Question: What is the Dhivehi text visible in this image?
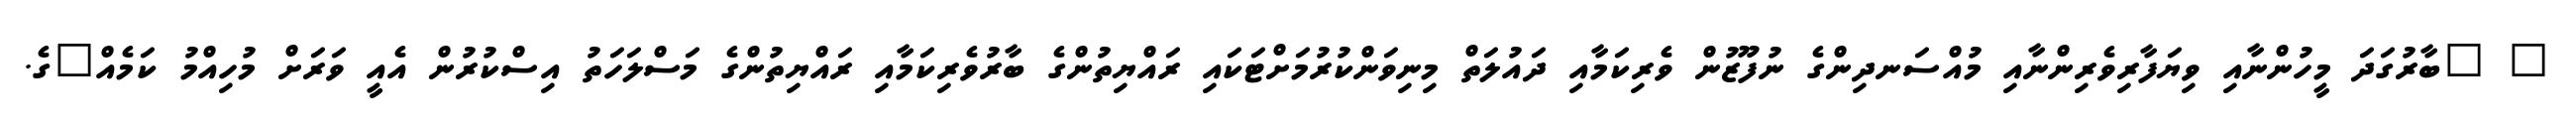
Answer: " "ބާރުގަދަ މީހުންނާއި ވިޔަފާރިވެރިންނާއި މުއްސަނދިންގެ ނުފޫޒުން ވެރިކަމާއި ދައުލަތް މިނިވަންކުރުމަށްޓަކައި ރައްޔިތުންގެ ބާރުވެރިކަމާއި ރައްޔިތުންގެ މަސްލަހަތު އިސްކުރުން އެއީ ވަރަށް މުހިއްމު ކަމެއް"ގެ.